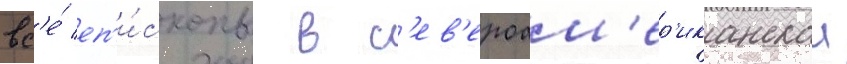
вс'е́ еп'и́скопы в с'ев'ероам'ер'иканскои